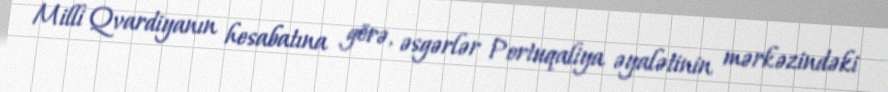
Milli Qvardiyanın hesabatına görə, əsgərlər Portuqaliya əyalətinin mərkəzindəki